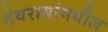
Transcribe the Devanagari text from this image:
देवरायांमधील